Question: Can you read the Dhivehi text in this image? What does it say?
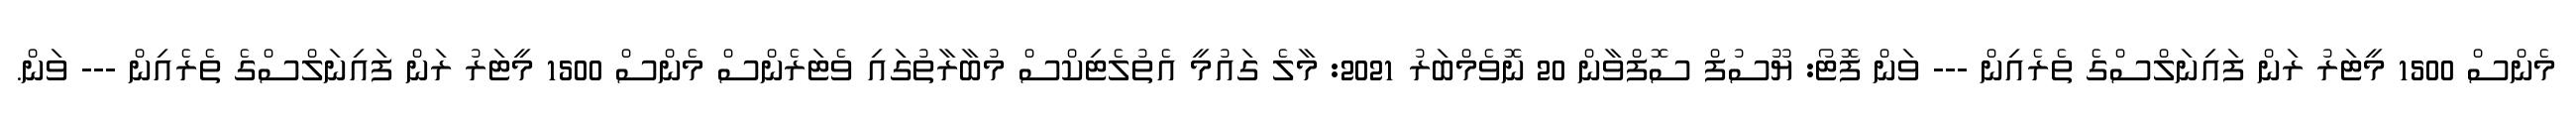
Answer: މެންސް 1500 މީޓަރު ރަން ފައިނަލްސްގެ ތެރެއިން --- ވަން ފޮޓޯ: ޔޫސުފް ސޮފްވާން 20 ނޮވެމްބަރު 2021: މާލެ ގައުމީ އެތުލެޓިކްސް މުބާރާތުގައި ވެޓަރެންސް މެންސް 1500 މީޓަރު ރަން ފައިނަލްސްގެ ތެރެއިން --- ވަން.